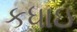
કધાઇ